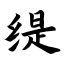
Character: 缇